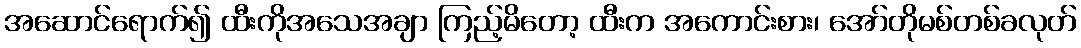
အဆောင်ရောက်၍ ထီးကိုအသေအချာ ကြည့်မိတော့ ထီးက အကောင်းစား၊ အော်တိုမစ်တစ်ခလုတ်